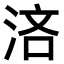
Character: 𣵰